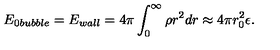
E _ { 0 b u b b l e } = E _ { w a l l } = 4 \pi \int _ { 0 } ^ { \infty } \rho r ^ { 2 } d r \approx 4 \pi r _ { 0 } ^ { 2 } \epsilon .